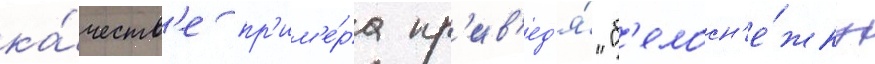
ка́честв'е пр'им'е́ра пр'ив'ед'я́ "б'елосн'е́жку